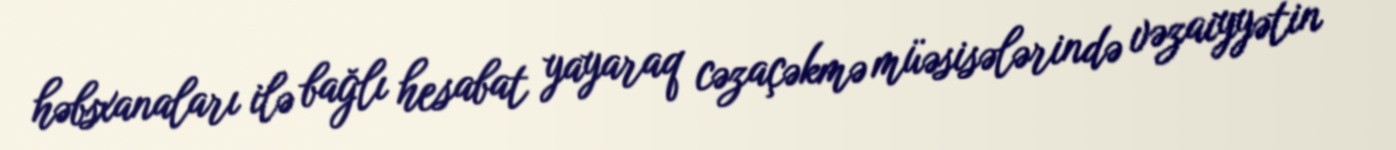
həbsxanaları ilə bağlı hesabat yayaraq cəzaçəkmə müəsisələrində vəzaiyyətin